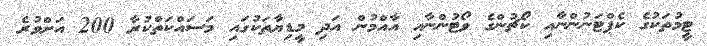
ޓީމުތަކުގެ ކެޕްޓަނުންނާއި ކޯޗުންގެ ވޯޓުންނާއި އާއްމުން އަދި މީޑިޔާތަކުގައި މަސައްކަތްކުރާ 200 އަށްވުރެ